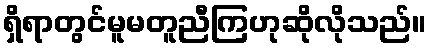
ရှိရာတွင်မူမတူညီကြဟုဆိုလိုသည်။